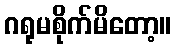
ဂရုမစိုက်မိတော့။